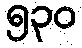
၅၃၀